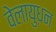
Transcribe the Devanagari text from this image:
वेलायुधन